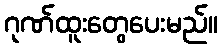
ဂုဏ်ထူးတွေပေးမည်။